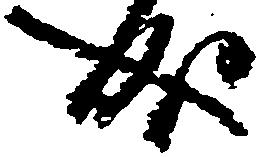
成